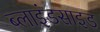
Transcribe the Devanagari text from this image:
ब्लाइंडसाइड